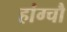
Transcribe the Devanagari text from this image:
हांग्चौ